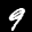
Label: 9